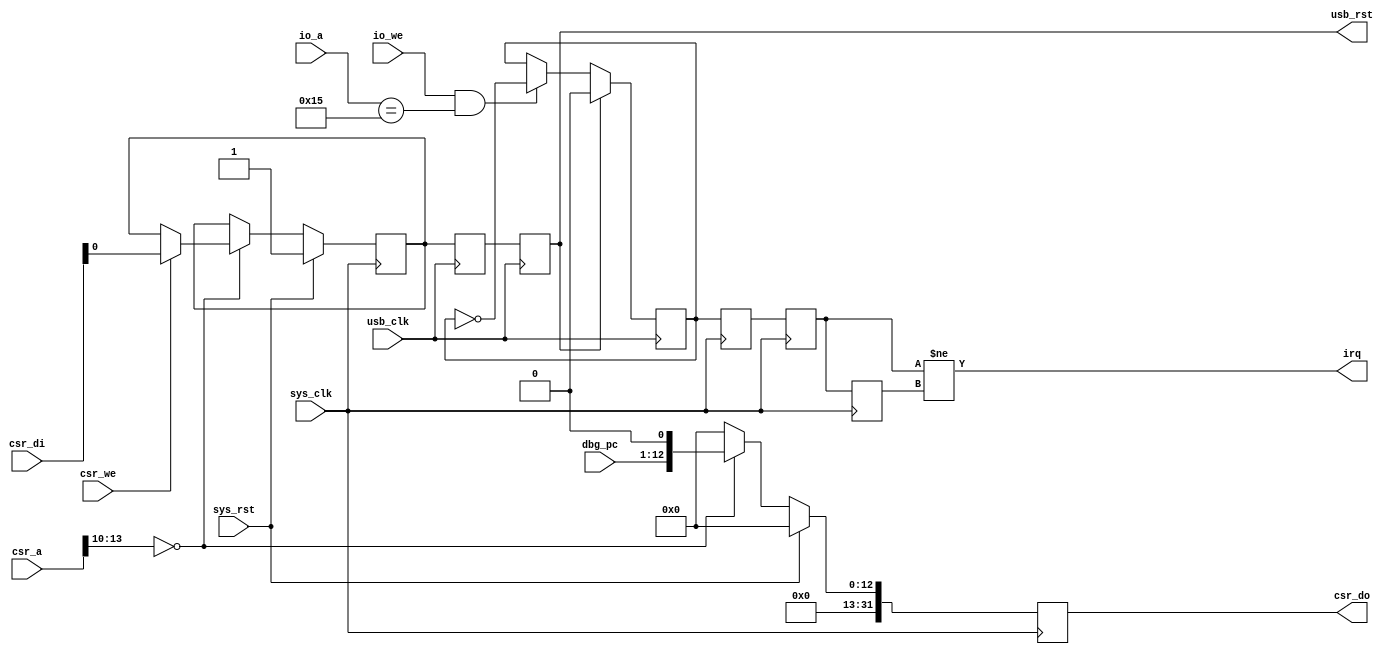
/*
 * Milkymist SoC
 * Copyright (C) 2007, 2008, 2009, 2010 Sebastien Bourdeauducq
 *
 * This program is free software: you can redistribute it and/or modify
 * it under the terms of the GNU General Public License as published by
 * the Free Software Foundation, version 3 of the License.
 *
 * This program is distributed in the hope that it will be useful,
 * but WITHOUT ANY WARRANTY; without even the implied warranty of
 * MERCHANTABILITY or FITNESS FOR A PARTICULAR PURPOSE.  See the
 * GNU General Public License for more details.
 *
 * You should have received a copy of the GNU General Public License
 * along with this program.  If not, see <http://www.gnu.org/licenses/>.
 */

module softusb_hostif #(
	parameter csr_addr = 4'h0,
	parameter pmem_width = 12
) (
	input sys_clk,
	input sys_rst,

	input usb_clk,
	output reg usb_rst,

	input [13:0] csr_a,
	input csr_we,
	input [31:0] csr_di,
	output reg [31:0] csr_do,

	output irq,

	input io_we,
	input [5:0] io_a,

	input [pmem_width-1:0] dbg_pc
);

wire csr_selected = csr_a[13:10] == csr_addr;

reg usb_rst0;

always @(posedge sys_clk) begin
	if(sys_rst) begin
		usb_rst0 <= 1'b1;
		csr_do <= 1'b0;
	end else begin
		csr_do <= 1'b0;
		if(csr_selected) begin
			if(csr_we)
				usb_rst0 <= csr_di[0];
			csr_do <= { dbg_pc, 1'b0 };
		end
	end
end

/* Synchronize USB Reset to the USB clock domain */
reg usb_rst1;

always @(posedge usb_clk) begin
	usb_rst1 <= usb_rst0;
	usb_rst <= usb_rst1;
end

/* Generate IRQs */

reg irq_flip;
always @(posedge usb_clk) begin
	if(usb_rst)
		irq_flip <= 1'b0;
	else if(io_we && (io_a == 6'h15))
		irq_flip <= ~irq_flip;
end

reg irq_flip0;
reg irq_flip1;
reg irq_flip2;

always @(posedge sys_clk) begin
	irq_flip0 <= irq_flip;
	irq_flip1 <= irq_flip0;
	irq_flip2 <= irq_flip1;
end

assign irq = irq_flip1 != irq_flip2;

endmodule